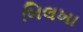
બિલખા